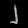
Digit: ၂